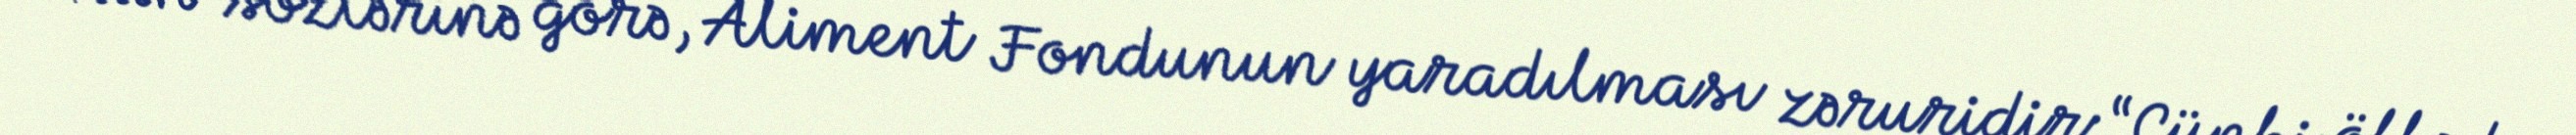
Onun sözlərinə görə, Aliment Fondunun yaradılması zəruridir:“Çünki ölkədə